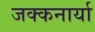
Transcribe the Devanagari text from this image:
जक्कनार्या